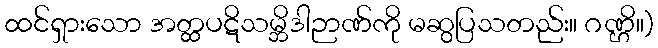
ထင်ရှားသော အတ္ထပဋိသမ္ဘိဒါဉာဏ်ကို မဆွပြသတည်း။ ဂဏ္ဌိ။)